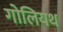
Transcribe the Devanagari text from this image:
गोलियथ